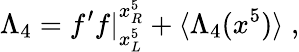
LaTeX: \Lambda_{4}=f^{\prime}f|_{x_{L}^{5}}^{x_{R}^{5}}+\langle\Lambda_{4}(x^{5})\rangle\; ,